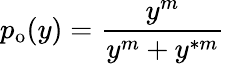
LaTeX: p_{\mathrm{o}}(y)=\frac{y^{m}}{y^{m}+y^{\ast m}}